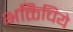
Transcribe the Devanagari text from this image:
भक्तिचिये